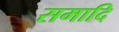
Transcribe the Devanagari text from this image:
समादि